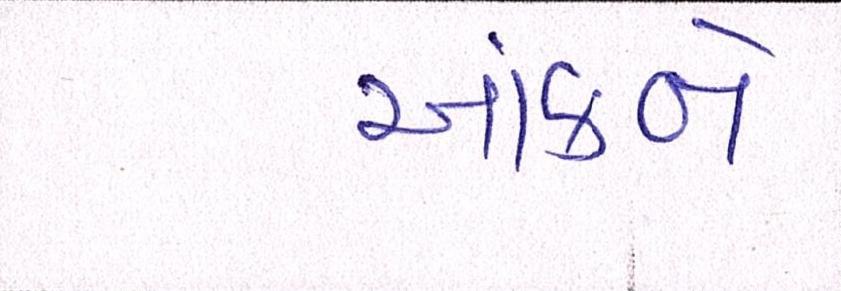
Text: આંકને